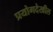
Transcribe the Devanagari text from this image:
प्रयोगदेखील